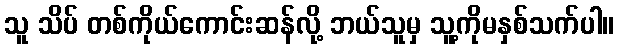
သူ သိပ် တစ်ကိုယ်ကောင်းဆန်လို့ ဘယ်သူမှ သူ့ကိုမနှစ်သက်ပါ။